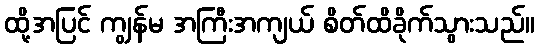
ထို့အပြင် ကျွန်မ အကြီးအကျယ် စိတ်ထိခိုက်သွားသည်။